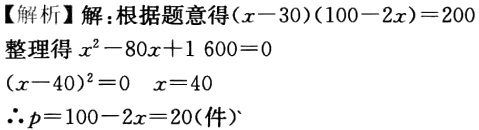
【解析】解：根据题意得\((x - 30)(100 - 2x)=200\)

整理得\(x^{2}-80x + 1600 = 0\)

\((x - 40)^{2}=0\)  \(x = 40\)

\(\therefore p = 100 - 2x = 20(\text{件})\)